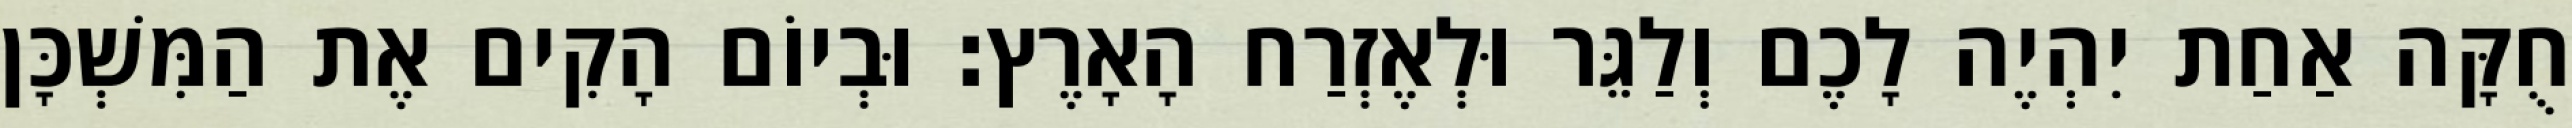
חֻקָּה אַחַת יִהְיֶה לָכֶם וְלַגֵּר וּלְאֶזְרַח הָאָרֶץ׃ וּבְיוֹם הָקִים אֶת הַמִּשְׁכָּן